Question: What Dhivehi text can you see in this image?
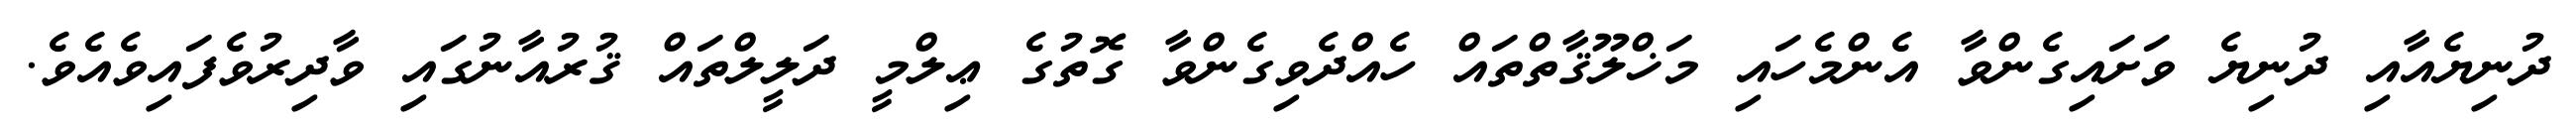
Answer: ދުނިޔެއާއި ދުނިޔެ ވަށައިގެންވާ އެންމެހައި މަޚްލޫޤާތްތައް ހެއްދެވިގެންވާ ގޮތުގެ ޢިލްމީ ދަލީލްތައް ޤުރުއާނުގައި ވާދިރުވެފައިވެއެވެ.